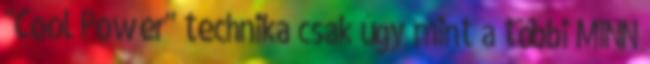
"Cool Power" technika csak úgy mint a többi MINN